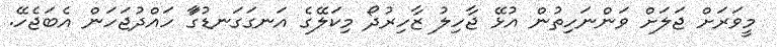
މީވަރަށް ޖަލަށް ވަންނަހިތުން އުޅޭ ޖާހިލު ޒާހިރުދޯ މިކަލޭގެ އަނގަގަނޑުގަާ ހައްދުޖަހަން އެބަޖެހޭ.